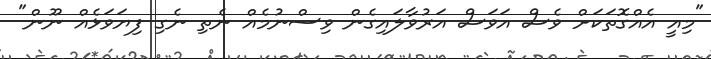
"މިއީ އެއްގޮތަކަށް ވެސް އަވަސް އަރުވާލައިގެން ވިސްނުމެއް ނެތި ނެގި ފިޔަވަޅެއް ނޫން"